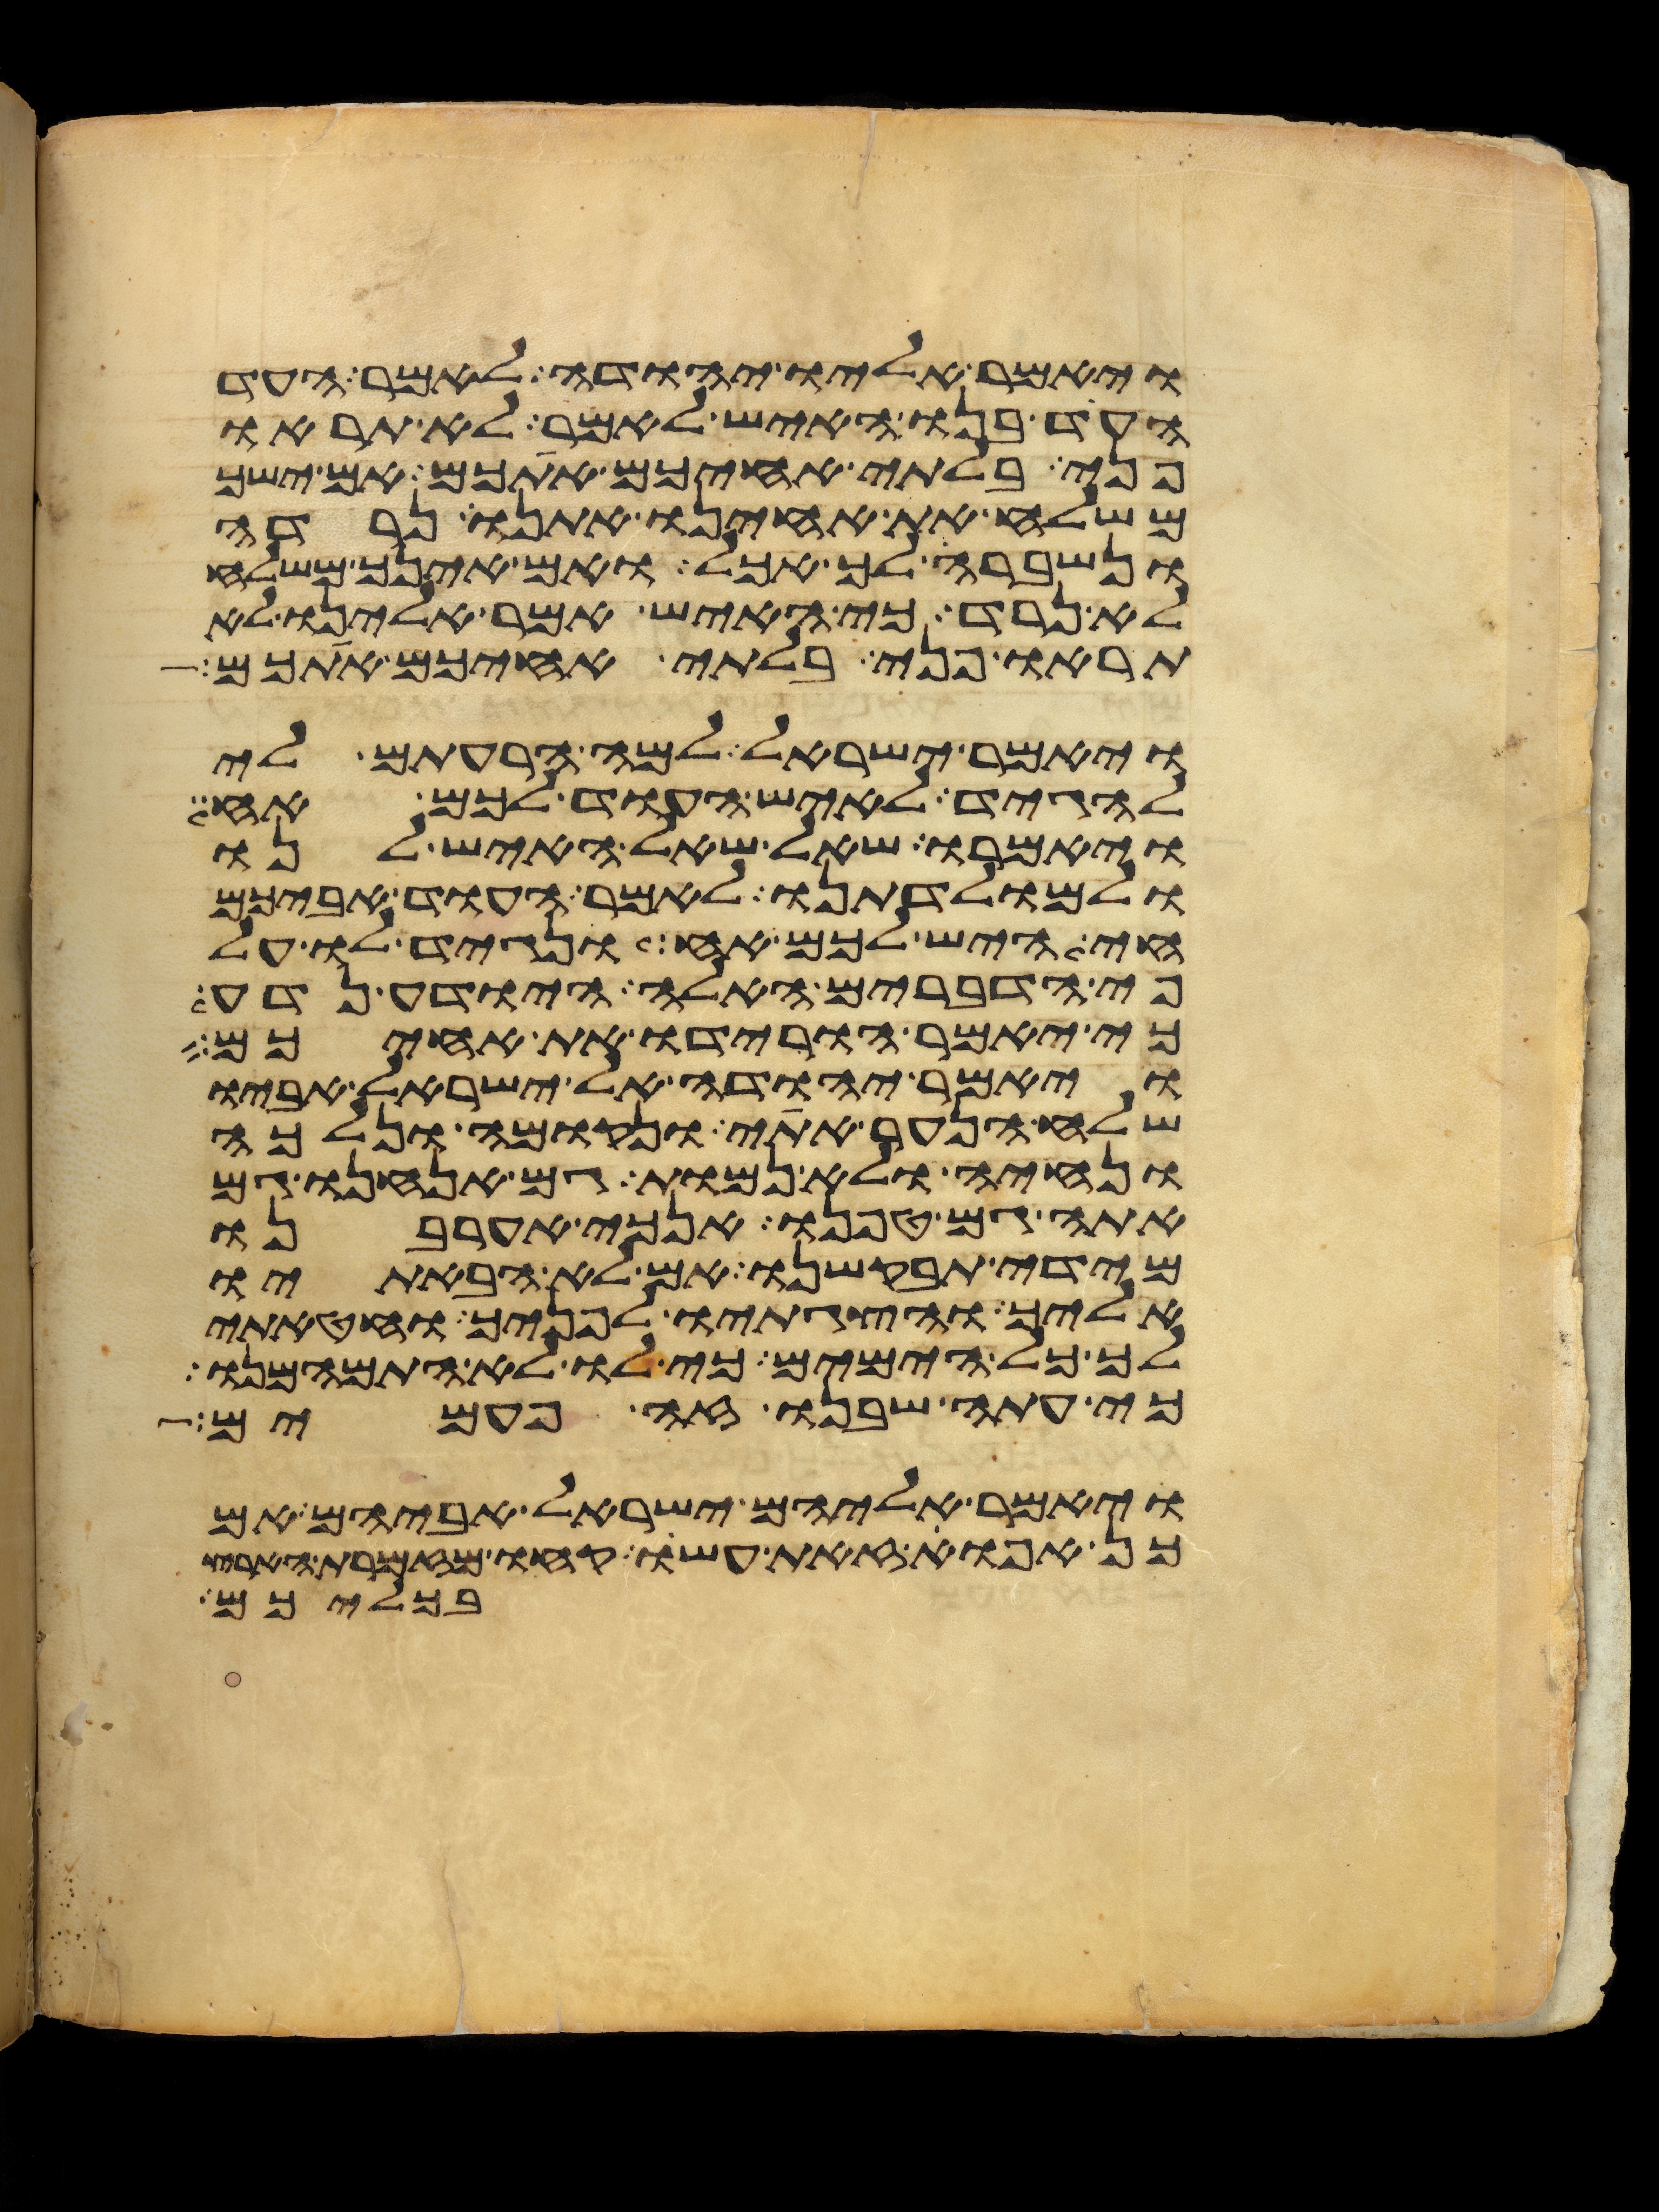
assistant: ויאמר אליו יהודה לאמר העד
העד בנו האיש לאמר לא תראו
פני בלתי אחיכם אתכם אם ישך
משלח את אחינו אתנו נרדה
ונשברה לך אכל ואם אינך משלח
לא נרד כי האיש אמר אלינו לא
תראו פני בלתי אחיכם אתכם
ויאמר ישראל למה הרעתם לי
להגיד לאיש העוד לכם אח
ויאמרו שאל שאל האיש לנו
ולמולדתנו לאמר העוד אביכם
חי היש לכם אח ונגיד לו על
פי הדברים האלה היודע נדע
כי יאמר הורידו את אחיכם
ויאמר יהודה אל ישראל אביו
שלח הנער אתי ונקומה ונלכה
ונחיה ולא נמות גם אנחנו גם
אתה גם טפנו אנכי אערבנו
מידי תבקשנו אם לא הבאתיו
אליך והצגתיו לפניך וחטאתי
לך כל הימים כי לו לא התמהמנו
כי עתה שבנו זה פעמים
ויאמר אליהם ישראל אביהם אם
כן אפוא זאת עשו קחו מזמרת הארץ
בכליכם